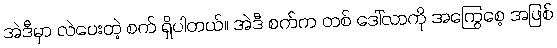
အဲဒီမှာ လဲပေးတဲ့ စက် ရှိပါတယ်။ အဲဒီ စက်က တစ် ဒေါ်လာကို အကြွေစေ့ အဖြစ်